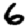
Digit: 6